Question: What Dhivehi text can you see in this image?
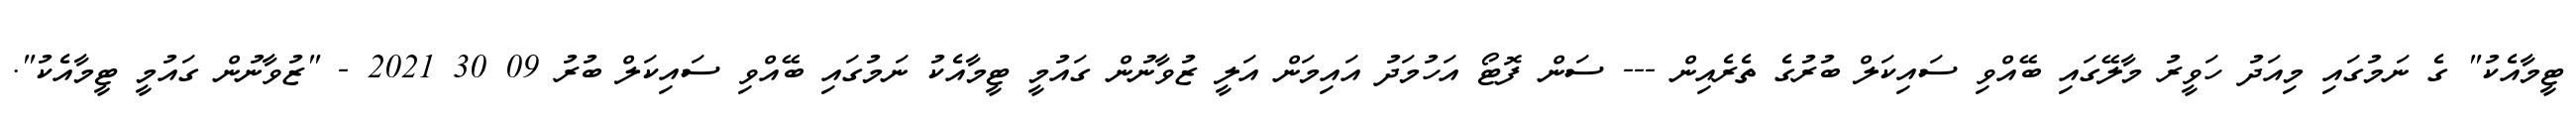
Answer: ޓީމާއެކު" ގެ ނަމުގައި މިއަދު ހަވީރު މާލޭގައި ބޭއްވި ސައިކަލް ބުރުގެ ތެރެއިން --- ސަން ފޮޓޯ އަހުމަދު އައިމަން އަލީ ޒުވާނުން ގައުމީ ޓީމާއެކު ނަމުގައި ބޭއްވި ސައިކަލް ބުރު 09 30 2021 - "ޒުވާނުން ގައުމީ ޓީމާއެކު".